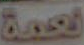
نعمة